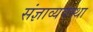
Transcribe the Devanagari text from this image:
संज्ञाव्यवस्था